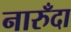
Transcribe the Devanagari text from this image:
नारुँदा